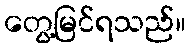
တွေ့မြင်ရသည်။